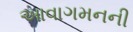
આવાગમનની